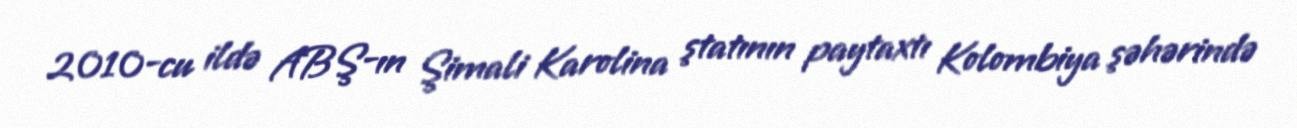
2010-cu ildə ABŞ-ın Şimali Karolina ştatının paytaxtı Kolombiya şəhərində